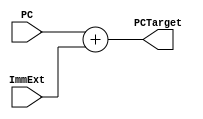
module PC_Target(
		 input wire [31:0]  PC,ImmExt,
		 output wire [31:0] PCTarget
		 );

   assign PCTarget= PC + ImmExt;

endmodule